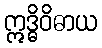
ဣဒ္ဓိဝိဓာယ